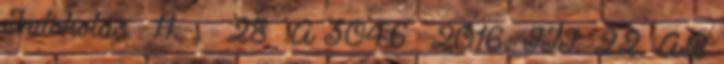
Indokolás 11 . 28 A 3046 2016. III. 22. AB